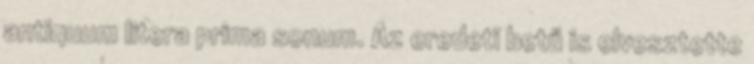
antiquum litera prima sonum. Az eredeti betű is elvesztette